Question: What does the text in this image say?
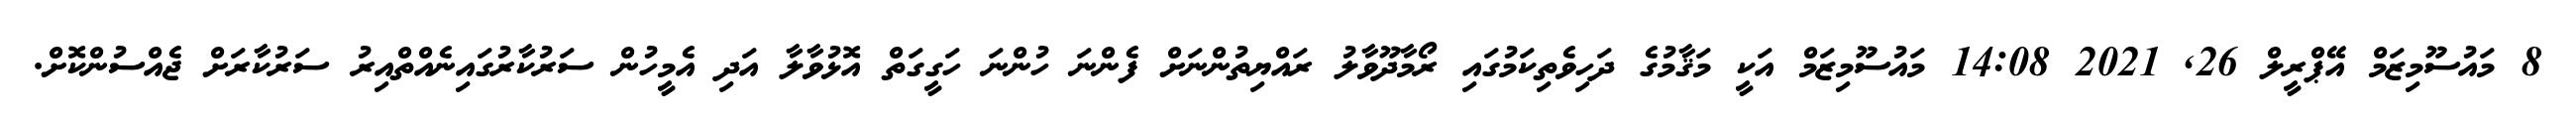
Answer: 8 މައުސޫމިޒަމް އޭޕްރީލް 26, 2021 14:08 މައުސޫމިޒަމް އަކީ މަޤާމުގެ ދަހިވެތިކަމުގައި ރޯމާދޫވާލު ރައްޔިތުންނަށް ފެންނަ ހުންނަ ހަގީގަތް އޮޅުވާލާ އަދި އެމީހުން ސަރުކާރުގައިނެއްތްއިރު ސަރުކާރަށް ޖެއްސުންކޮށް.